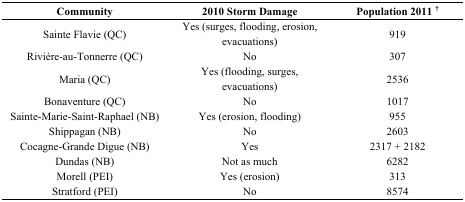
| Community | 2010 Storm Damage | Population 2011 † |
 | --- | --- | --- |
 | Sainte Flavie (QC) | Yes (surges, flooding, erosion, evacuations) | 919 |
 | Rivière-au-Tonnerre (QC) | No | 307 |
 | Maria (QC) | Yes (flooding, surges, evacuations) | 2536 |
 | Bonaventure (QC) | No | 1017 |
 | Sainte-Marie-Saint-Raphael (NB) | Yes (erosion, flooding) | 955 |
 | Shippagan (NB) | No | 2603 |
 | Cocagne-Grande Digue (NB) | Yes | 2317 + 2182 |
 | Dundas (NB) | Not as much | 6282 |
 | Morell (PEI) | Yes (erosion) | 313 |
 | Stratford (PEI) | No | 8574 |